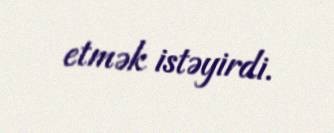
etmək istəyirdi.